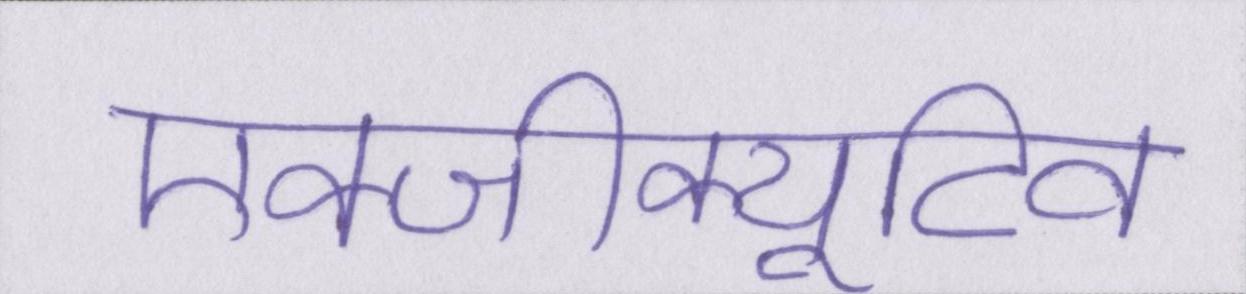
एक्जीक्यूटिव